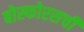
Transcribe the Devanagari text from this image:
बोस्फोरसची